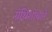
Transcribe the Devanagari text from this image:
ग्रंथिशोथाने